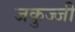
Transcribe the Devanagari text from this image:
जकुज्जी